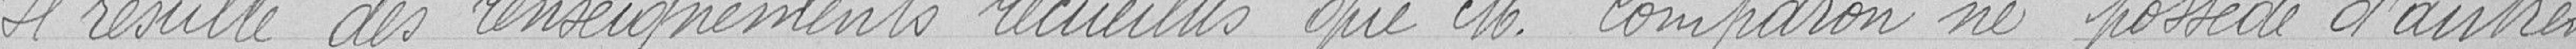
Il résulte des renseignements recueillis que Monsieur Comparon ne possède d'autres